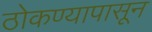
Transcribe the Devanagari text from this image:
ठोकण्यापासून